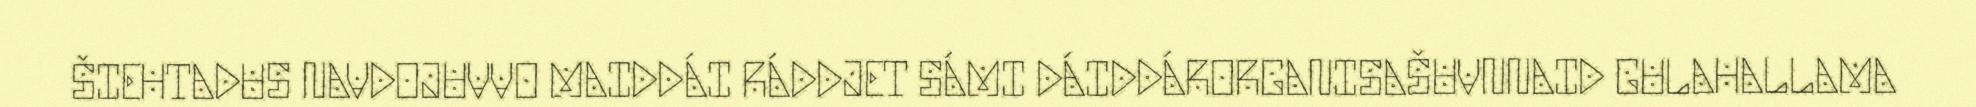
ŠIEHTADUS NAVDOJUVVO MAIDDÁI RÁDDJET SÁMI DÁIDDÁRORGANISAŠUVNNAID GULAHALLAMA